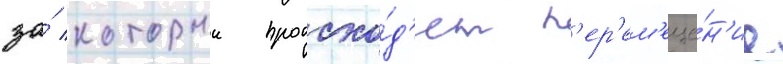
за́ которыи происхо́д'ит п'ер'ем'еще́н'ие